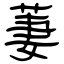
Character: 萋